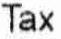
TAX